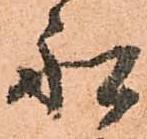
船